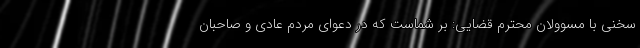
سخنی با مسوولان محترم قضایی: بر شماست که در دعوای مردم عادی و صاحبان